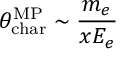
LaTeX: \theta _ { \mathrm { c h a r } } ^ { { \mathrm { M P } } } \sim \frac { m _ { e } } { x E _ { e } }